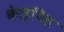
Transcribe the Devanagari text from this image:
केल्पिस